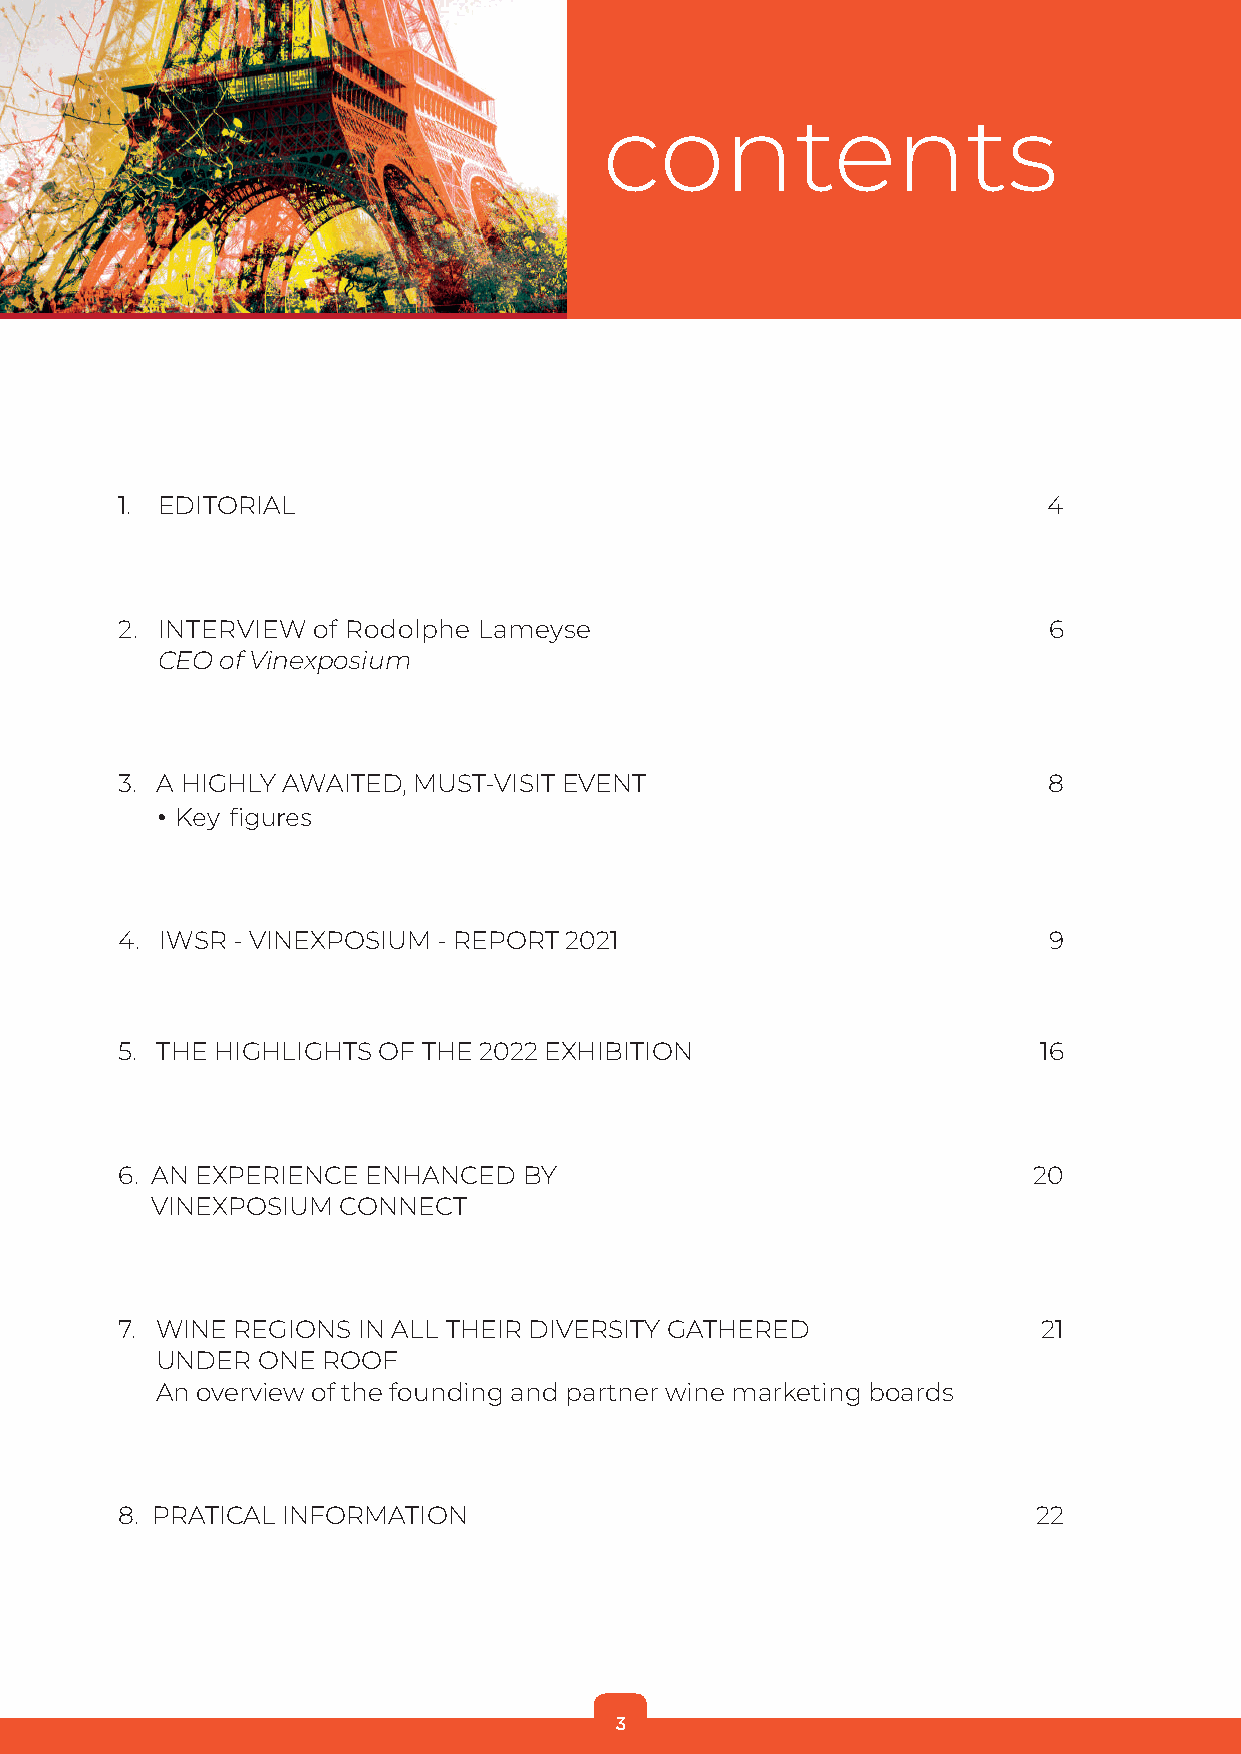
contents
 1. EDITORIAL                                                 4
 2. INTERVIEW of Rodolphe Lameyse                             6
 CEO  of Vinexposium
 3. A HIGHLY AWAITED, MUST-VISIT EVENT                        8
 • Key figures
 4. I WSR - VINEXPOSIUM - REPORT 2021                         9
 5. T HE HIGHLIGHTS OF THE 2022 EXHIBITION                    16
 6. AN EXPERIENCE ENHANCED  BY                               20
 VINEXPOSIUM CONNECT
 7. WINE REGIONS IN ALL THEIR DIVERSITY GATHERED              21
 UNDER  ONE ROOF
 An overview of the founding and partner wine marketing boards
 8. PRATICAL INFORMATION                                      22
 3